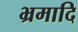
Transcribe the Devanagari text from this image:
भ्रमादि